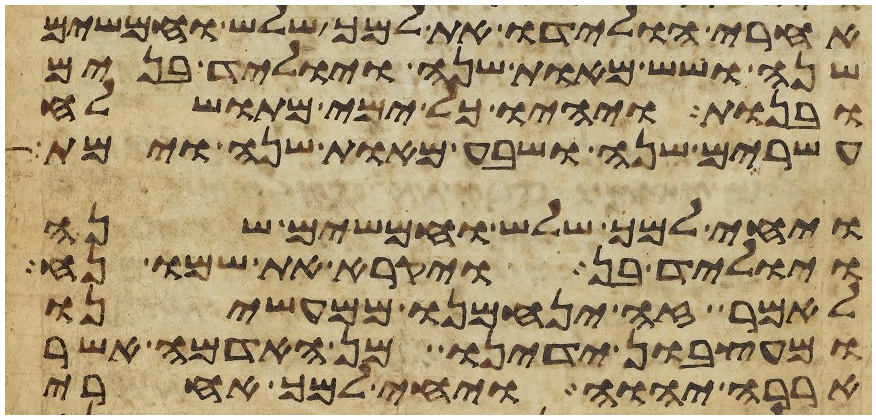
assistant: אחרי הולידו את למך שלש וחמשים
שנה ושש מאות שנה ויוליד בנים
ובנות ויהיו כל ימי מתושלח
עשרים שנה ושבע מאות שנה וימת
ויחי למך שלש וחמשים שנה
ויוליד בן ויקרא את שמו נח
לאמר זה ינחמנו ממעשינו
ומעצבון ידינו מן האדמה אשר
אררה יהוה ויחי למך אחרי